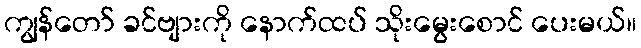
ကျွန်တော် ခင်ဗျားကို နောက်ထပ် သိုးမွေးစောင် ပေးမယ်။